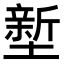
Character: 𭏻